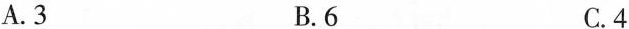
A.3 B.6 C.4